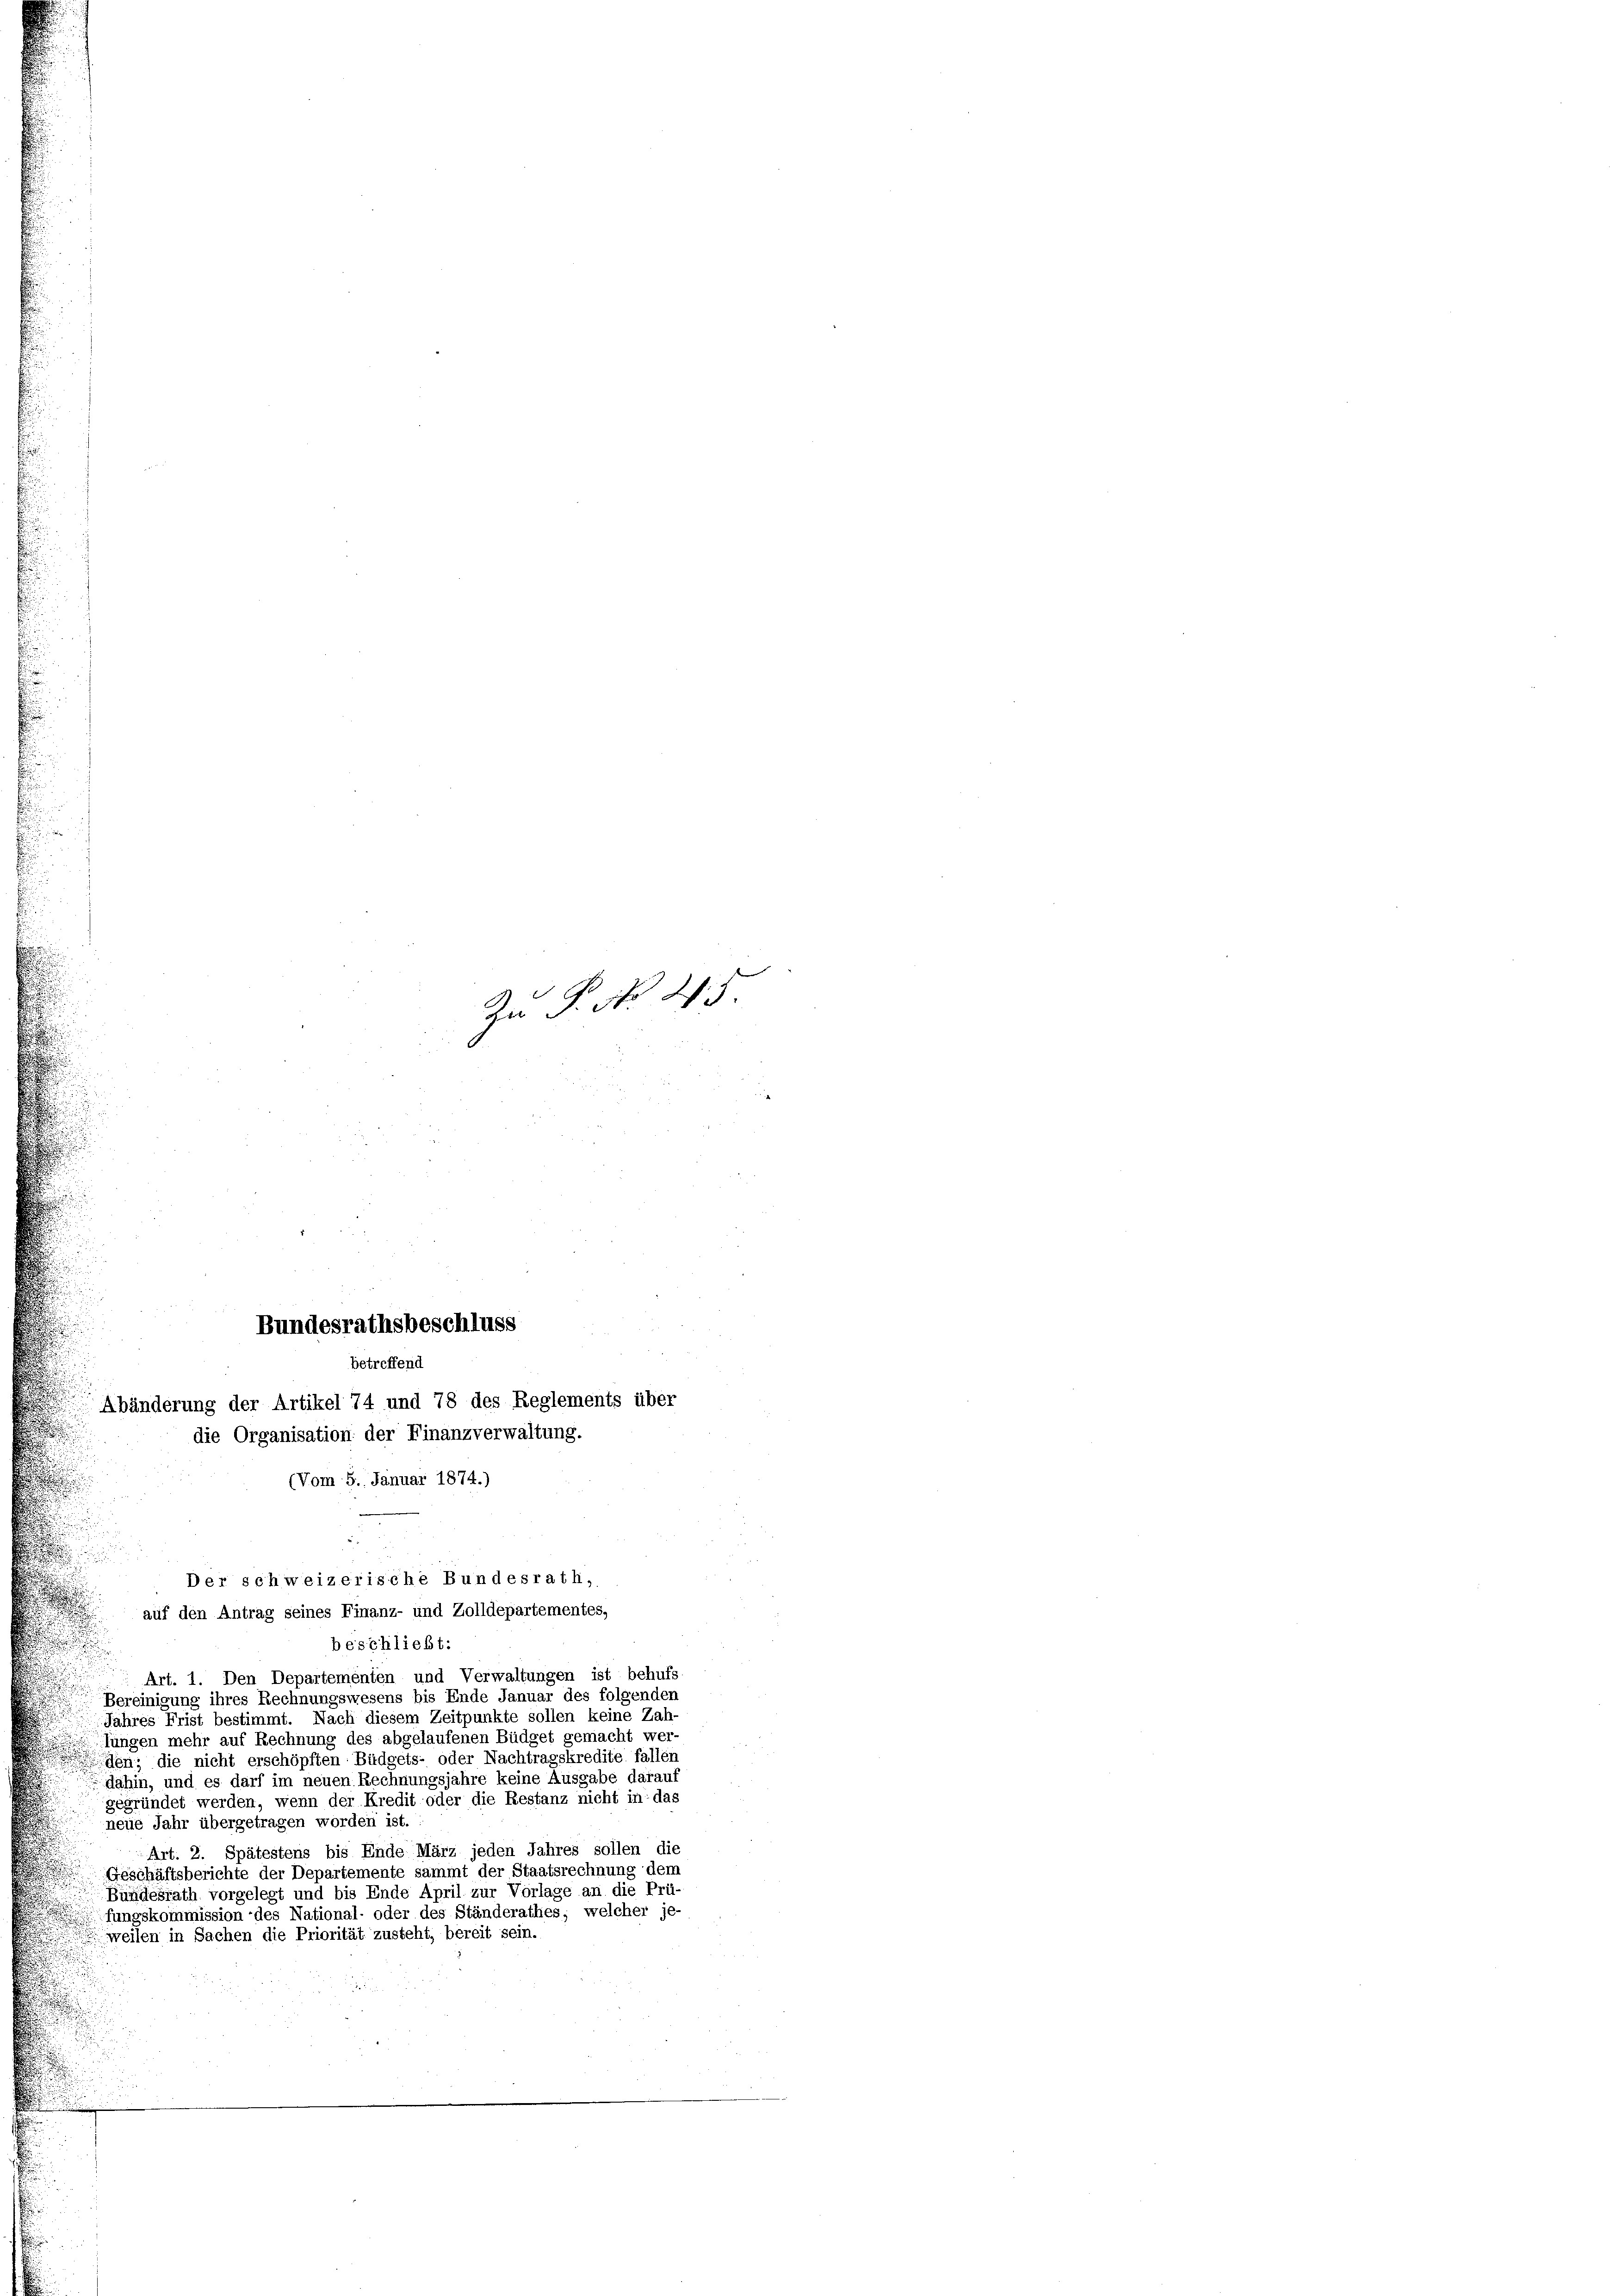
betreffend
Abänderung der Artikel 74 und 78 des Reglements über
die Organisation der Finanzverwaltung.
(Vom 5. Januar 1874.)

Zu P. No 25.

Bundesrathsbeschluss

beschließt:
Art. 1. Den Departementen und Verwaltungen ist behufs
Bereinigung ihres Rechnungswesens bis Ende Januar des folgenden
Jahres Frist bestimmt. Nach diesem Zeitpunkte sollen keine Zah-
lungen mehr auf Rechnung des abgelaufenen Büdget gemacht wer-
den; die nicht erschöpften Büdgets- oder Nachtragskredite fallen
dahin, und es darf im neuen Rechnungsjahre keine Ausgabe darauf
gegründet werden, wenn der Kredit oder die Restanz nicht in das
neue Jahr übergetragen worden ist.
Art. 2. Spätestens bis Ende März jeden Jahres sollen die
Geschäftsberichte der Departemente sammt der Staatsrechnung dem
Bundesrath vorgelegt und bis Ende April zur Vorlage an die Prü-
fungskommission des National- oder des Ständerathes, welcher je-
weilen in Sachen die Priorität zusteht, bereit sein.

Der schweizerische Bundesrath,
auf den Antrag seines Finanz- und Zolldepartementes,